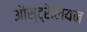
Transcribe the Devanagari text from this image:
औस्ट्रेलियन